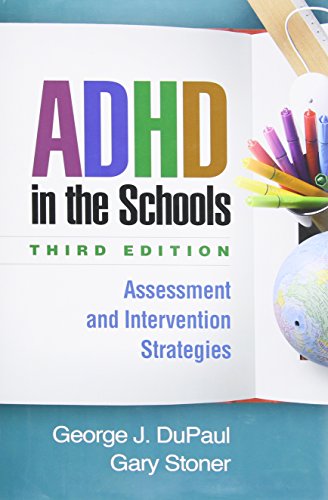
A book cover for ADHD in the Schools, Third Edition: Assessment and Intervention Strategies; George J. DuPaul PhD; Health, Fitness & Dieting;